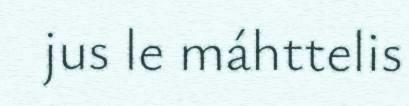
jus le máhttelis